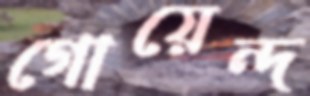
গোয়েন্দ